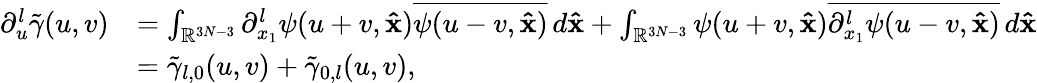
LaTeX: \begin{array}{rl}{\partial_{u}^{l}\tilde{\gamma}(u,v)}&{=\int_{\mathbb{R}^{3N-3}}\partial_{x_{1}}^{l}\psi(u+v,\mathbf{\hat{x}})\overline{{\psi(u-v,\mathbf{\hat{x}})}}\, d\mathbf{\hat{x}}+\int_{\mathbb{R}^{3N-3}}\psi(u+v,\mathbf{\hat{x}})\overline{{\partial_{x_{1}}^{l}\psi(u-v,\mathbf{\hat{x}})}}\, d\mathbf{\hat{x}}}\\ &{=\tilde{\gamma}_{l,0}(u,v)+\tilde{\gamma}_{0,l}(u,v),}\end{array}